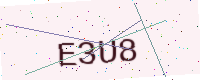
Text: E3U8